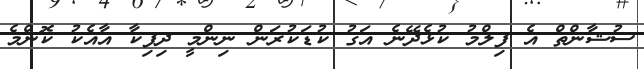
ސުޝާންތް އެ ފިލްމު ކުޅެދޭނެ އަގު ކުޑަކުރަން ނިންމީ ދިޕިކާ އާއެކު ކޮންމެ